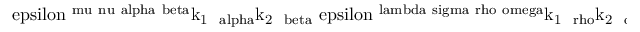
\mathrm { \ e p s i l o n ^ { \ m u \ n u \ a l p h a \ b e t a } k _ { 1 ~ \ a l p h a } k _ { 2 ~ \ b e t a } \ e p s i l o n ^ { \ l a m b d a \ s i g m a \ r h o \ o m e g a } k _ { 1 ~ \ r h o } k _ { 2 ~ \ o m e g a } T r \left[ \ g a m m a ^ { \ l a m b d a } ( \hat { p } _ { 1 } - \hat { k } _ { 1 } + m _ { e } ) \ g a m m a ^ { \ m u } \hat { \Pi } \ g a m m a ^ { \ n u } ( - \hat { p } _ { 2 } + \hat { k } _ { 2 } + m _ { \ m u } ) \ g a m m a ^ { \ s i g m a } \hat { \Pi } ^ { + } \right] } .